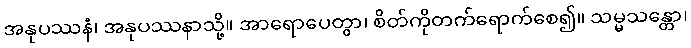
အနုပဿနံ၊ အနုပဿနာသို့။ အာရောပေတွာ၊ စိတ်ကိုတက်ရောက်စေ၍။ သမ္မသန္တော၊